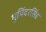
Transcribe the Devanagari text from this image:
भूपिंदरसिंह